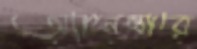
অ্যানেক্সারে